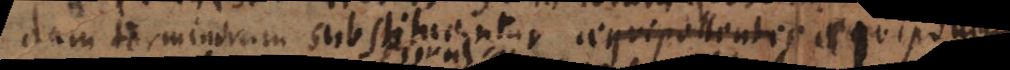
dam terminorum substituentur aequipollentes seu ii